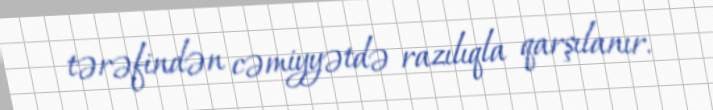
tərəfindən cəmiyyətdə razılıqla qarşılanır.